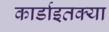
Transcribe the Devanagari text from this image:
कार्डाइतक्या